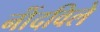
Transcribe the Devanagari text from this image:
नोंंदविले